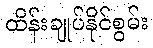
ထိန်းချုပ်နိုင်စွမ်း